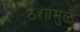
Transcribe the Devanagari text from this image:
ठशांमुळे